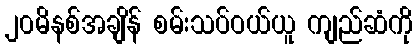
၂၀မိနစ်အချိန် စမ်းသပ်ဝယ်ယူ ကျည်ဆံကို